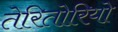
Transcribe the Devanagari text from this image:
तेरितोरियो